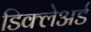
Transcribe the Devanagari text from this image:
डिक्‍लेअर्ड